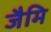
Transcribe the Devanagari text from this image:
जैमि